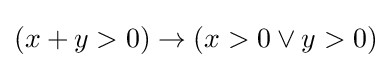
(x+y>0)\to (x>0\lor y>0)